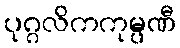
ပုဂ္ဂလိကကုမ္ပဏီ